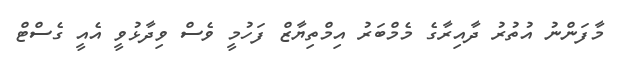
މާފަންނު އުތުރު ދާއިރާގެ މެމްބަރު އިމްތިޔާޒް ފަހުމީ ވެސް ވިދާޅުވީ އެއީ ގެސްޓް